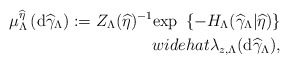
\begin{align*}\mu _{\Lambda }^{\widehat{\eta }}\left( \mathrm{d}\widehat{\gamma }_{\Lambda}\right) :=Z_{\Lambda }(\widehat{\eta })^{-1}\mathrm{exp~}\left\{-H_{\Lambda }(\widehat{\gamma }_{\Lambda }|\widehat{\eta })\right\} \\widehat{\lambda }_{z,\Lambda }(\mathrm{d}\widehat{\gamma }_{\Lambda }),\end{align*}